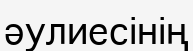
әулиесінің